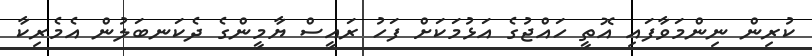
ކުރިން ނިންމަވާފައި އޮތީ ހައްޖުގެ އަޅުމަކަށް ފަހު ރައީސް ޔާމީންގެ ދެކަނބަލުން އެމެރިކާ